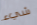
شيء